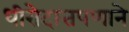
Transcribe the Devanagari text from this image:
धीरोदात्तपणाने